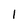
Character: l